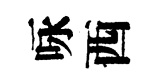
咏西